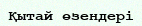
Қытай өзендері